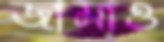
জামাও